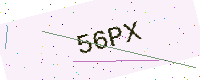
Text: 56PX